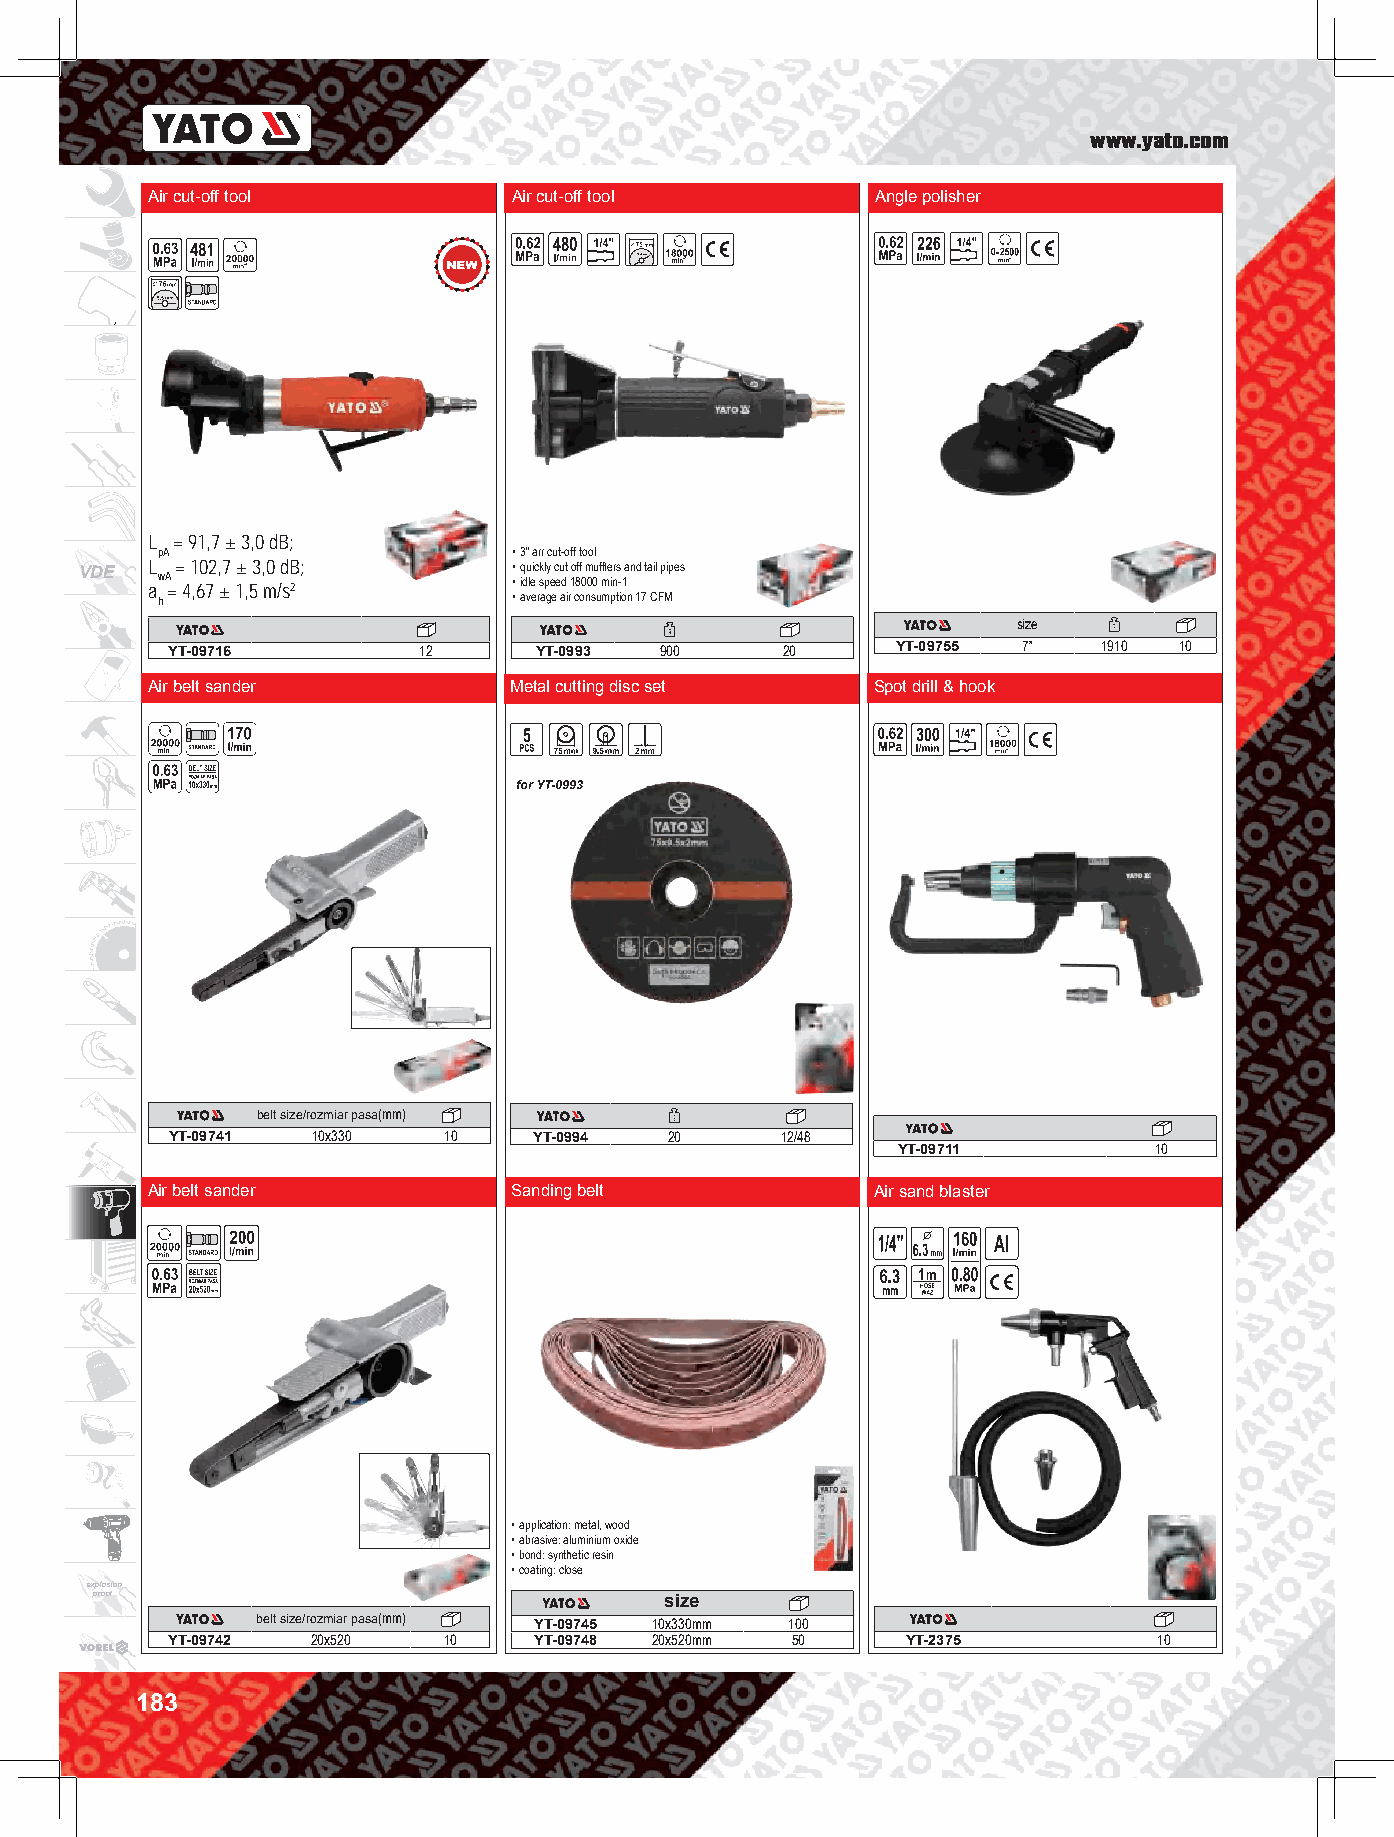
www.yato.com
 Air cut-off tool        Air cut-off tool        Angle polisher
 L = 91,7 ± 3,0 dB;
 pA                      • 3” arr cut-off tool
 VDE  L aw A
 =
 =
 4
 1 ,60 72 , ±7 1±
 ,
 53 , m0 /d sB 2;  • • q idu leic k sl py e c eu dt 1o 8ff 0 m 00u f mfle inrs -1 and tail pipes
 h                       • average air consumption 17 CFM
 size
 YT-09716         12     YT-0993  900     20     YT-09755 7”   1910 10
 Air belt sander         Metal cutting disc set  Spot drill & hook
 for YT-0993
 belt size/rozmiar pasa(mm)
 YT-09741  10x330  10    YT-0994  20      12/48
 YT-09711         10
 Air belt sander         Sanding belt            Air sand blaster
 • application: metal, wood
 • abrasive: aluminium oxide
 • bond: synthetic resin
 • coating: close
 explosion
 proof                                 size
 belt size/rozmiar pasa(mm) YT-09745 10x330mm 100
 YT-09742  20x520  10    YT-09748 20x520mm 50     YT-2375          10
 183